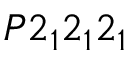
P 2 _ { 1 } 2 _ { 1 } 2 _ { 1 }